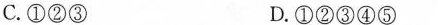
C.①②③ D.①②③④⑤